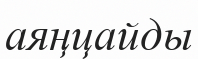
аяңцайды